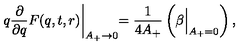
q \frac { \partial } { \partial q } F ( q , t , r ) \biggl | _ { A _ { + } \to 0 } = \frac { 1 } { 4 A _ { + } } \left( \beta \Bigl | _ { A _ { + } = 0 } \right) ,